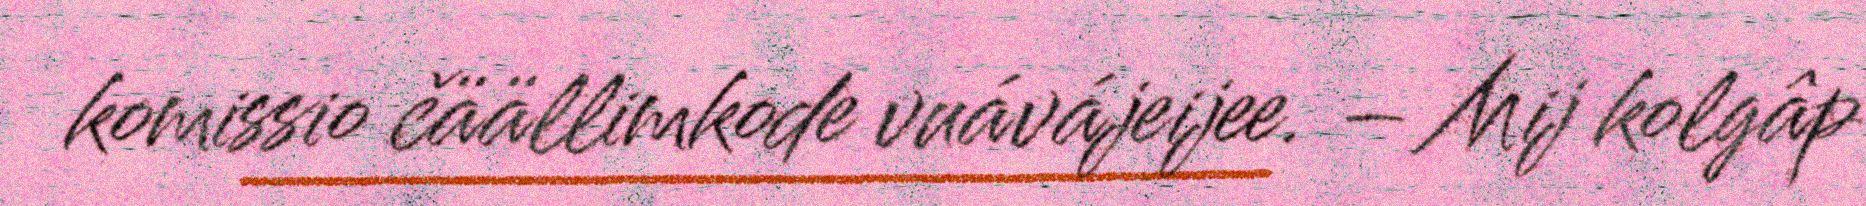
komissio čäällimkode vuávájeijee. – Mij kolgâp